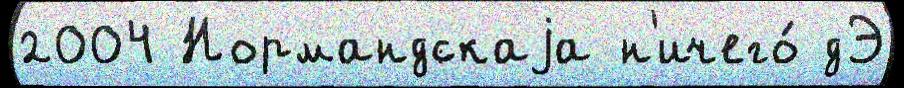
2004 Нормандскаjа н'ичего́ дЭ